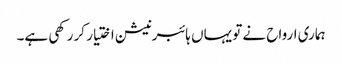
ہماری ارواح نے تو یہاں ہائبرنیشن اختیار کر رکھی ہے۔